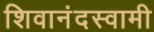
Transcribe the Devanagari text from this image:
शिवानंदस्वामी